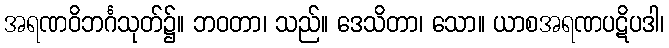
အရဏဝိဘင်္ဂသုတ်၌။ ဘဝတာ၊ သည်။ ဒေသိတာ၊ သော။ ယာစအရဏပဋိပဒါ၊